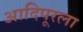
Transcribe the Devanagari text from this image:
आदिपूरला